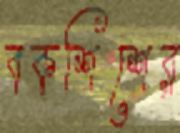
বকশিশের